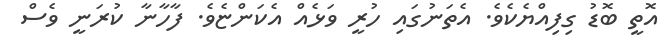
އޮތީ ބޮޑު ގިފިއްޔެކެވެ. އެތަނުގައި ހުރީ ވަޅެއް އެކަންޏެވެ. ފާހާނާ ކުރަނީ ވެސް